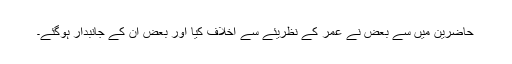
حاضرین میں سے بعض نے عمر کے نظریئے سے اخلاف کیا اور بعض ان کے جانبدار ہوگئے۔